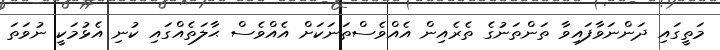
މަތީގައި ދަންނަވާފައިވާ ތަންތަނުގެ ތެރެއިން އެއްވެސްތަނަކަށް އެއްވެސް ޙާލަތެއްގައި ކުނި އެޅުމަކީ ނުވަތަ